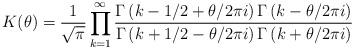
LaTeX: \begin{align*}K(\theta )=\frac{1}{\sqrt{\pi }}\prod ^{\infty }_{k=1}\frac{\Gamma \left( k-1/2+\theta /2\pi i\right) \Gamma \left( k-\theta /2\pi i\right) }{\Gamma \left( k+1/2-\theta /2\pi i\right) \Gamma \left( k+\theta /2\pi i\right) }\end{align*}